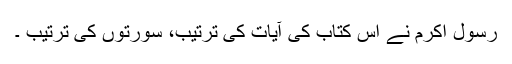
رسول اکرم نے اس کتاب کی آیات کی ترتیب، سورتوں کی ترتیب ۔